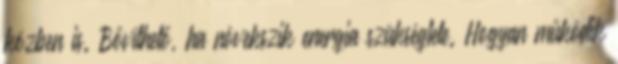
közben is. Bővíthető, ha növekszik energia szükséglete. Hogyan működik